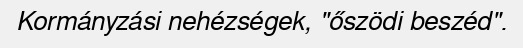
Kormányzási nehézségek, "őszödi beszéd".